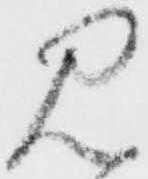
見